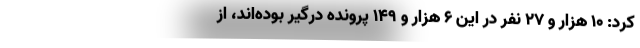
کرد: ۱۰ هزار و ۲۷ نفر در این ۶ هزار و ۱۴۹ پرونده درگیر بوده‌اند، از